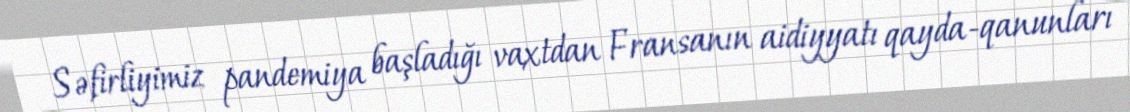
Səfirliyimiz pandemiya başladığı vaxtdan Fransanın aidiyyatı qayda-qanunları